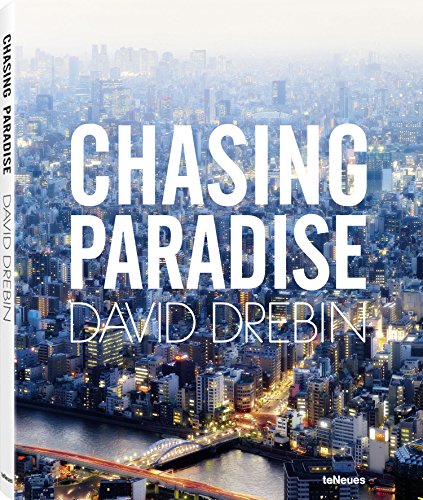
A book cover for Chasing Paradise; Arts & Photography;